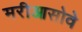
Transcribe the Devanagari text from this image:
मरीआसोवे